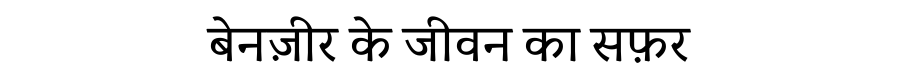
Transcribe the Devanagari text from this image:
बेनज़ीर के जीवन का सफ़र